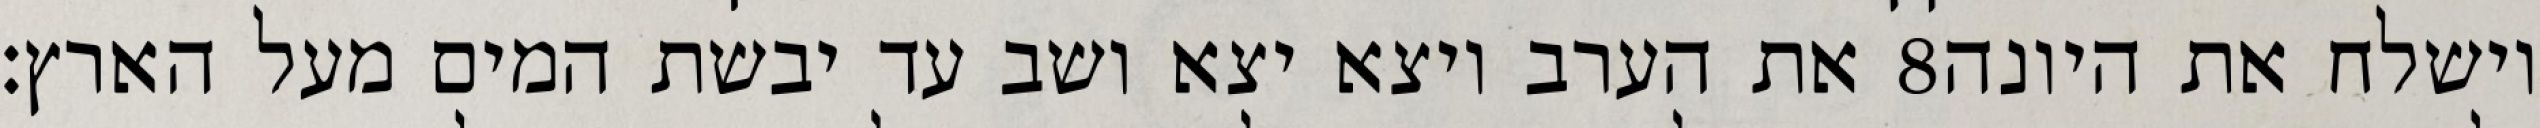
את הערב ויצא יצא ושב עד יבשת המים מעל הארץ׃ ‎8‏ וישלח את היונה